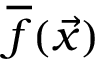
\overline { f } ( \vec { x } )